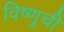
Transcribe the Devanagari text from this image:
विष्णुची